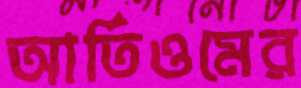
আর্তিওমের